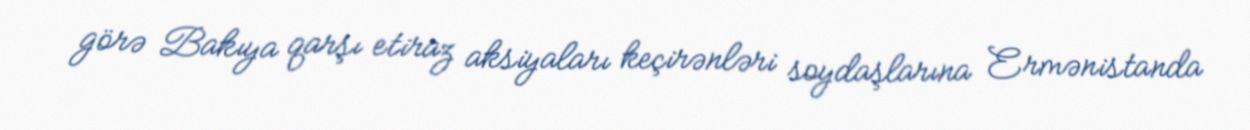
görə Bakıya qarşı etiraz aksiyaları keçirənləri soydaşlarına Ermənistanda